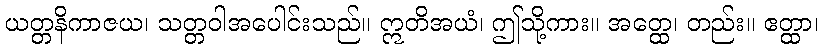
ယတ္တနိကာဇယ၊ သတ္တဝါအပေါင်းသည်။ ဣတိအယံ၊ ဤသို့ကား။ အတ္ထေ၊ တည်း။ ဧတ္ထာ၊